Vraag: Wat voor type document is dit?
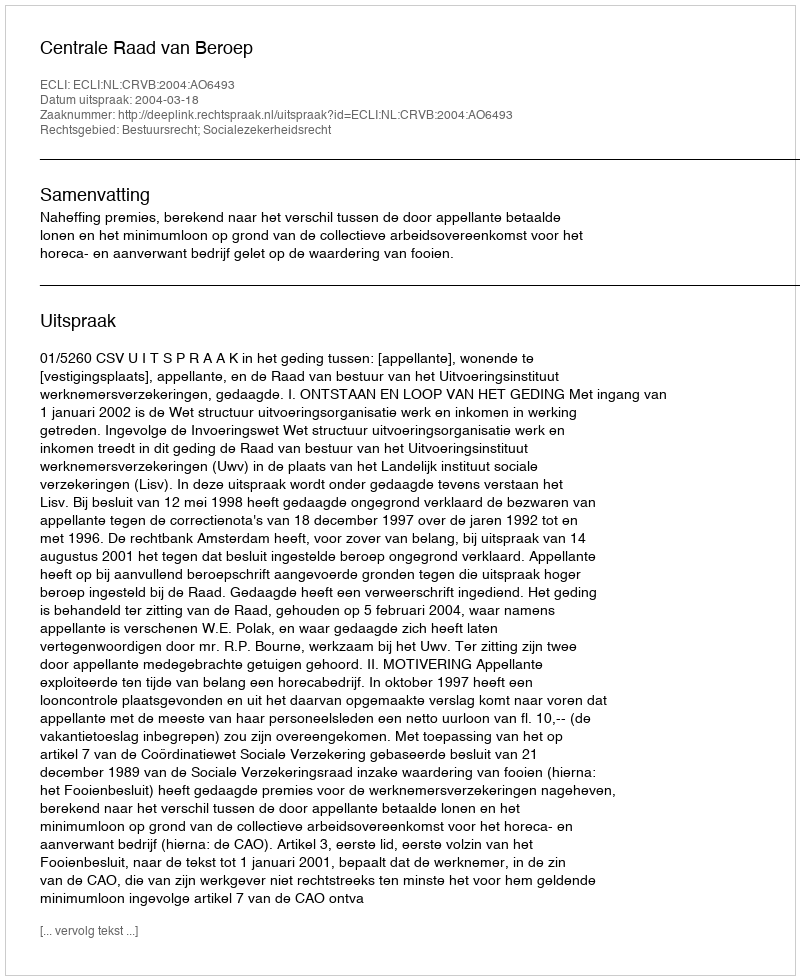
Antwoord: Uitspraak